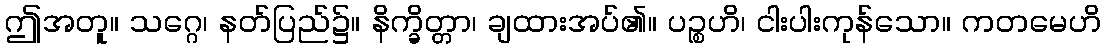
ဤအတူ။ သဂ္ဂေ၊ နတ်ပြည်၌။ နိက္ခိတ္တာ၊ ချထားအပ်၏။ ပဉ္စဟိ၊ ငါးပါးကုန်သော။ ကတမေဟိ